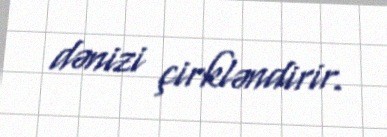
dənizi çirkləndirir.